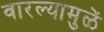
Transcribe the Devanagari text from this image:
वारल्यामुळें